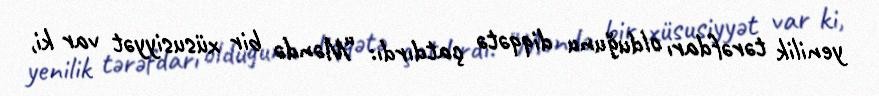
yenilik tərəfdarı olduğunu diqqətə çatdırdı: “Məndə bir xüsusiyyət var ki,